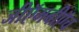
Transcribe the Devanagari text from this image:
जीऍमबीऍच